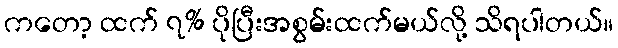
ကတော့ ထက် ၇% ပိုပြီးအစွမ်းထက်မယ်လို့ သိရပါတယ်။